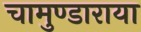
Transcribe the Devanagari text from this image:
चामुण्डाराया